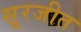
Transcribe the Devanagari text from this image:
सूरजीत